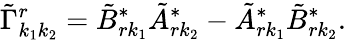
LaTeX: \tilde{\Gamma}_{k_{1}k_{2}}^{r}=\tilde{B}_{rk_{1}}^{*}\tilde{A}_{rk_{2}}^{*}-\tilde{A}_{rk_{1}}^{*}\tilde{B}_{rk_{2}}^{*}.